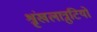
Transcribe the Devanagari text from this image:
श्रृंखलात्रुटियों